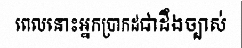
ពេលនោះអ្នកប្រាកដជាដឹងច្បាស់